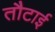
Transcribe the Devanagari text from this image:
तौटाई